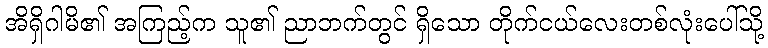
အိရှိဂါမိ၏ အကြည့်က သူ၏ ညာဘက်တွင် ရှိသော တိုက်ငယ်လေးတစ်လုံးပေါ်သို့